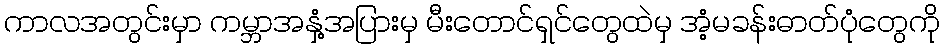
ကာလအတွင်းမှာ ကမ္ဘာအနှံ့အပြားမှ မီးတောင်ရှင်တွေထဲမှ အံ့မခန်းဓာတ်ပုံတွေကို